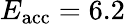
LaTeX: E_{\mathrm{acc}}=6.2